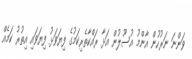
ވަންނަ ނަރުހުން އާންމު އުސޫލުން އަޅާ ރައްކާތެރިކަމުގެ ފިޔަވަޅު ފިޔަވައި އިތުރު ކަމެއް